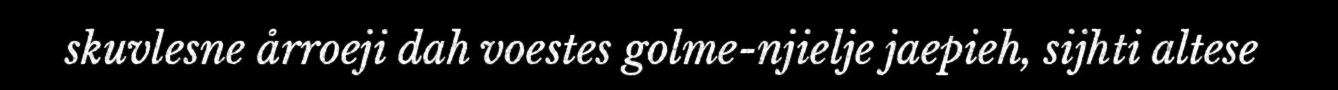
skuvlesne årroeji dah voestes golme-njielje jaepieh, sijhti altese